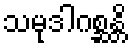
သမုဒါဂစ္ဆန္တိ